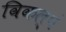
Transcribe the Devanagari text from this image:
विकल्पं